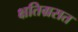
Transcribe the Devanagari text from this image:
क्षतिग्रसत